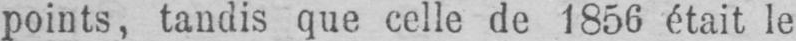
points, tandis que celle de 1856 était le